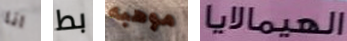
انا بط موهبه الهيمالايا